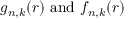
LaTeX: g _ { n , k } ( r ) { \mathrm { ~ a n d ~ } } f _ { n , k } ( r )